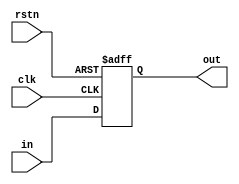
//Design:           SystolicMUL_163_8_digits
//
//
//Use:              8 bit register
//
//
//Version           Date                Note
//  1.0             2014/12/20          Original created
//
//----------------------------------------------------------

module regist_8bit(
//-----input-----
  clk,
  rstn,
  in,
//-----output-----
  out
);

input clk;
input rstn;
input [7:0]in;
output [7:0]out;
reg [7:0]out;

always@(posedge clk or negedge rstn)
begin
  if(!rstn)
    begin
      out<=8'b0;
    end
  else
    begin
      out<=in;
    end
end

endmodule